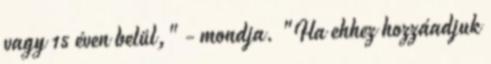
vagy 15 éven belül," - mondja. "Ha ehhez hozzáadjuk